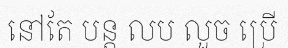
នៅតែ បន្ត លប លួច ប្រើ